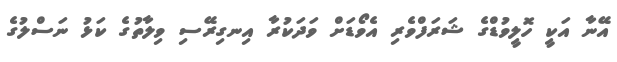
އޭނާ އަކީ ހޮލީވުޑްގެ ޝަރަފްވެރި އެވޯޑަށް ވަދަކުރާ އިނގިރޭސި ވިލާތުގެ ކަޅު ނަސްލުގެ